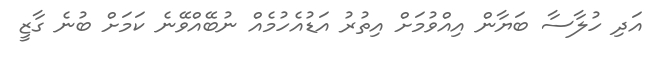
އަދި ހުލާސާ ބަޔާން އިއްވުމަށް އިތުރު އަޑުއެހުމެއް ނުބޭއްވޭނެ ކަމަށް ބުނެ ގާޒީ